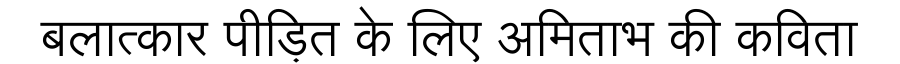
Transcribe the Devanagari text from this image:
बलात्कार पीड़ित के लिए अमिताभ की कविता